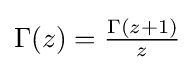
{\textstyle \Gamma (z)={\frac {\Gamma (z+1)}{z}}}